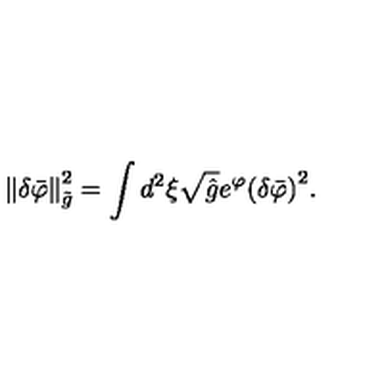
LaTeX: \left\| \delta { \bar { \varphi } } \right\| _ { \tilde { g } } ^ { 2 } = \int { d ^ { 2 } } \xi \sqrt { \hat { g } } { e ^ { \varphi } } { { ( \delta { \bar { \varphi } } ) } ^ { 2 } } .